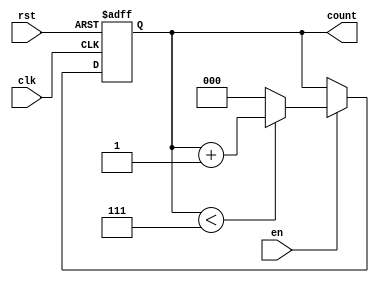
module binary_up_counter (
    input wire clk,       // Clock signal
    input wire rst,       // Asynchronous reset signal
    input wire en,        // Enable signal
    output reg [2:0] count // 3-bit count output
);

// Maximum count value for a 3-bit counter is 7 (111 in binary)
localparam MAX_COUNT = 3'b111;

always @(posedge clk or posedge rst) begin
    if (rst) begin
        // Asynchronous reset
        count <= 3'b000; // Reset count to 0
    end else if (en) begin
        // Increment count if enabled
        if (count < MAX_COUNT) begin
            count <= count + 1; // Increment count
        end else begin
            count <= 3'b000; // Wrap around to 0
        end
    end
    // If enable is low, the count retains its current value
end

endmodule